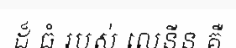
ដ៏ ធំ របស់ លេនីន គឺ